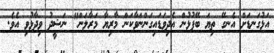
އަޅުގަނޑަށް އެނގޭ ތިޔަ ބޭފުޅުން އެދިވަޑައިގަންނަވާކަން މާރިޔާ މަރާލަން" ނަޝީދު ވިދާޅުވި އެވެ.